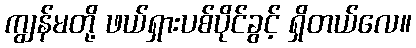
ကျွန်မတို့ ဖယ်ရှားပစ်ပိုင်ခွင့် ရှိတယ်လေ။